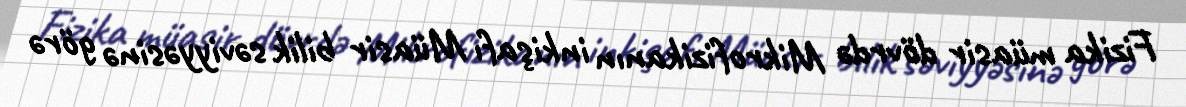
Fizika müasir dövrdə Mikrofizikanın inkişafı Müasir bilik səviyyəsinə görə